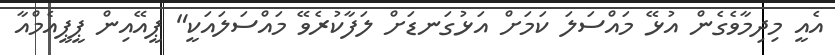
އެއީ މިދިމާވެގެން އުޅޭ މައްސަލަ ކަމަށް އަޅުގަނޑަށް ލަފާކުރެވޭ މައްސަލައަކީ" ޕީއޭއިން ޕީޕީއެމްއާ